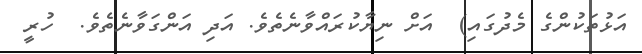
އަޅުތަކުންގެ މެދުގައި)  އަށް ނިޔާކުރައްވާނެތެވެ. އަދި އަންގަވާނެތެވެ.  ހުރީ